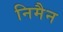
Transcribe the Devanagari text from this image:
निमैन